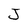
Character: J